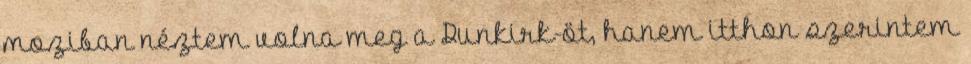
moziban néztem volna meg a Dunkirk-öt, hanem itthon szerintem